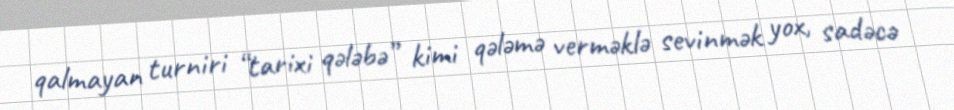
qalmayan turniri “tarixi qələbə” kimi qələmə verməklə sevinmək yox, sadəcə